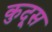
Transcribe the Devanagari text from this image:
कुदूस